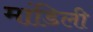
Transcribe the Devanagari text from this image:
मांडिली